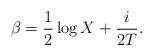
LaTeX: \begin{align*}\beta=\frac{1}{2}\log X+\frac{i}{2T}.\end{align*}